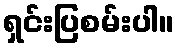
ရှင်းပြစမ်းပါ။